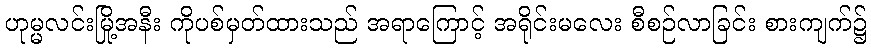
ဟုမ္မလင်းမြို့အနီး ကိုပစ်မှတ်ထားသည် အရာကြောင့် အရိုင်းမလေး စီစဉ်လာခြင်း စားကျက်၌